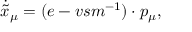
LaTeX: \dot { \tilde { x } } _ { \mu } = ( e - v s m ^ { - 1 } ) \cdot p _ { \mu } ,